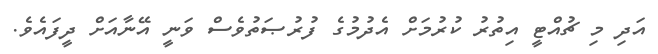
އަދި މި ޗުއްޓީ އިތުރު ކުރުމަށް އެދުމުގެ ފުރުޞަތުވެސް ވަނީ އޭނާއަށް ދީފައެވެ.